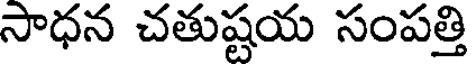
సాధన చతుష్టయ సంపత్తి